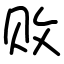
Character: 败